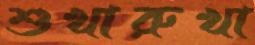
শুখারুখা